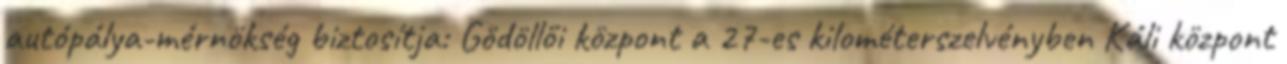
autópálya-mérnökség biztosítja: Gödöllői központ a 27-es kilométerszelvényben Káli központ